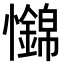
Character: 𢥅